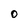
Character: O